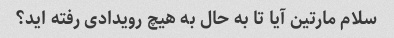
سلام مارتین آیا تا به حال به هیچ رویدادی رفته اید؟